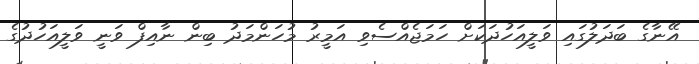
އޭނާގެ ބަދަލުގައި ވަލީއަހުދަކަށް ހަމަޖެއްސެވި އަމީރު މުހަންމަދު ބިން ނާއިފް ވަނީ ވަލީއަހުދުގެ